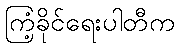
ကြံ့ခိုင်ရေးပါတီက